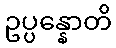
ဥပ္ပန္နောတိ